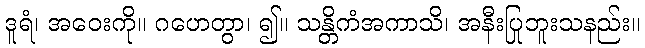
ဒူရံ၊ အဝေးကို။ ဂဟေတွာ၊ ၍။ သန္တိကံအကာသိ၊ အနီးပြုဘူးသနည်း။